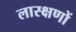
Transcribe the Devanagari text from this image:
लास्क्षणों